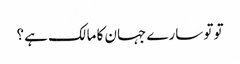
تو تو سارے جہان کا مالک ہے ؟